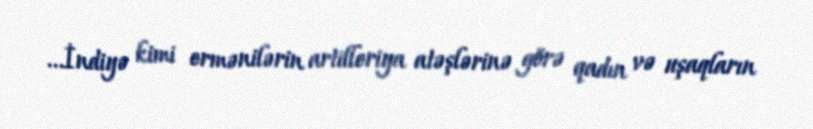
...İndiyə kimi ermənilərin artilleriya atəşlərinə görə qadın və uşaqların